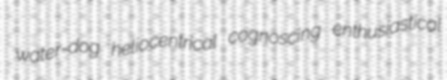
water-dog heliocentrical cognoscing enthusiastical